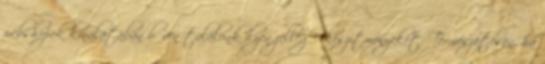
webshopok kínálatában bőven találunk ilyen jellegű készítményeket. Természetesen, ha